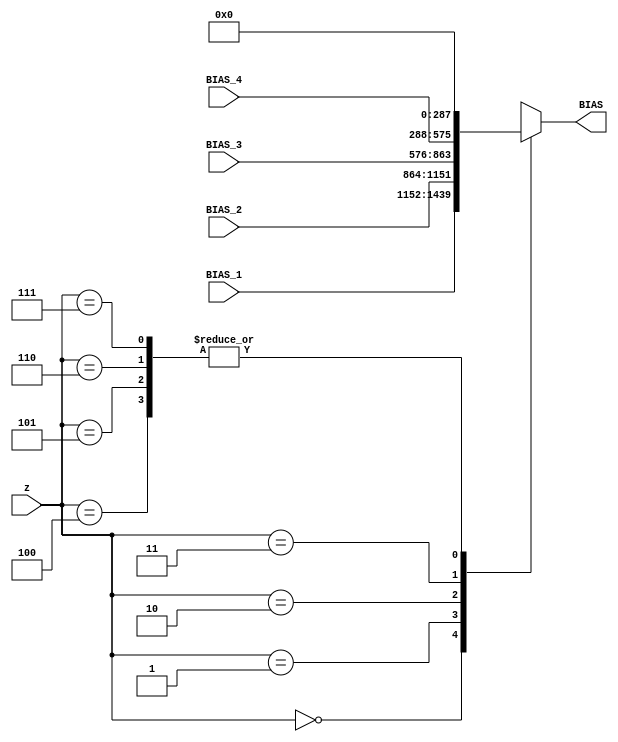
module mux_4_1 #(parameter N_adder_tree=16)(BIAS_1,BIAS_2,BIAS_3,BIAS_4,BIAS,z);

input  wire	[2:0]				  z;
output reg [N_adder_tree*18-1:0] BIAS;


input wire [N_adder_tree*18-1:0] BIAS_1;
input wire [N_adder_tree*18-1:0] BIAS_2;
input wire [N_adder_tree*18-1:0] BIAS_3;
input wire [N_adder_tree*18-1:0] BIAS_4;



always@(*)
begin 
	case(z)
	  3'b000:BIAS=BIAS_1;
	  3'b001:BIAS=BIAS_2;
	  3'b010:BIAS=BIAS_3;
	  3'b011:BIAS=BIAS_4;
	  3'b100:BIAS=0;
	  3'b101:BIAS=0;
	  3'b110:BIAS=0;
	  3'b111:BIAS=0;
	endcase 
end

endmodule